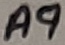
Text: A9